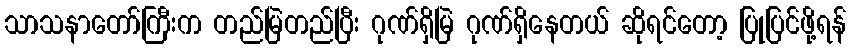
သာသနာတော်ကြီးက တည်မြဲတည်ပြီး ဂုဏ်ရှိမြဲ ဂုဏ်ရှိနေတယ် ဆိုရင်တော့ ပြုပြင်ဖို့ရန်